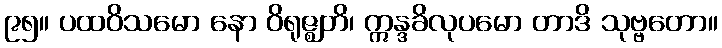
၉၅။ ပထဝိသမော နော ဝိရုဇ္ဈတိ၊ ဣန္ဒခိလုပမော တာဒိ သုဗ္ဗတော။